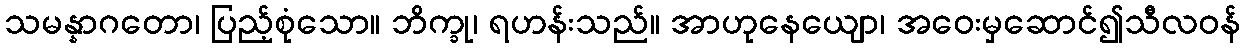
သမန္နာဂတော၊ ပြည့်စုံသော။ ဘိက္ခု၊ ရဟန်းသည်။ အာဟုနေယျော၊ အဝေးမှဆောင်၍သီလဝန်